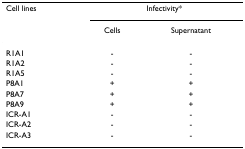
| Cell lines | <COLSPAN=2> Infectivity* |
 |  | Cells | Supernatant |
 | --- | --- | --- |
 | R1A1 | - | - |
 | R1A2 | - | - |
 | R1A5 | - | - |
 | P8A1 | + | + |
 | P8A7 | + | + |
 | P8A9 | + | + |
 | ICR-A1 | - | - |
 | ICR-A2 | - | - |
 | ICR-A3 | - | - |